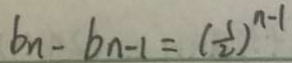
b _ { n } - b _ { n - 1 } = ( \frac { 1 } { 2 } ) ^ { n - 1 }